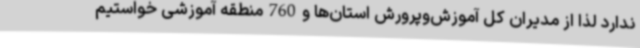
ندارد لذا از مدیران کل آموزش‌وپرورش استان‌ها و760منطقه آموزشی خواستیم